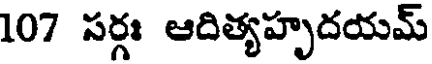
107 సర్గః ఆదిత్యహృదయమ్